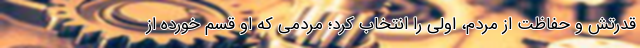
قدرتش و حفاظت از مردم، اولی را انتخاب کرد؛ مردمی که او قسم خورده از